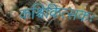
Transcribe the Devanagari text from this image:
कश्चिकित्सकः